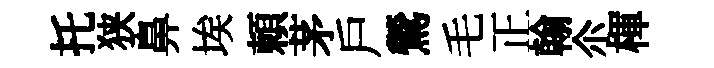
托狭鼻埃頼茅戶鶯毛正翰尒楎